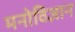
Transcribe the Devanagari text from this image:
मनोविज्ञान